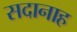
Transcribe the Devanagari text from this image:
सदानाह